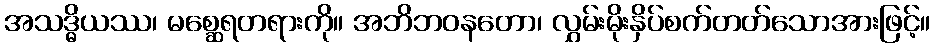
အသဒ္ဓိယဿ၊ မစ္ဆေရတရားကို။ အဘိဘဝနတော၊ လွှမ်းမိုးနှိပ်စက်တတ်သောအားဖြင့်။